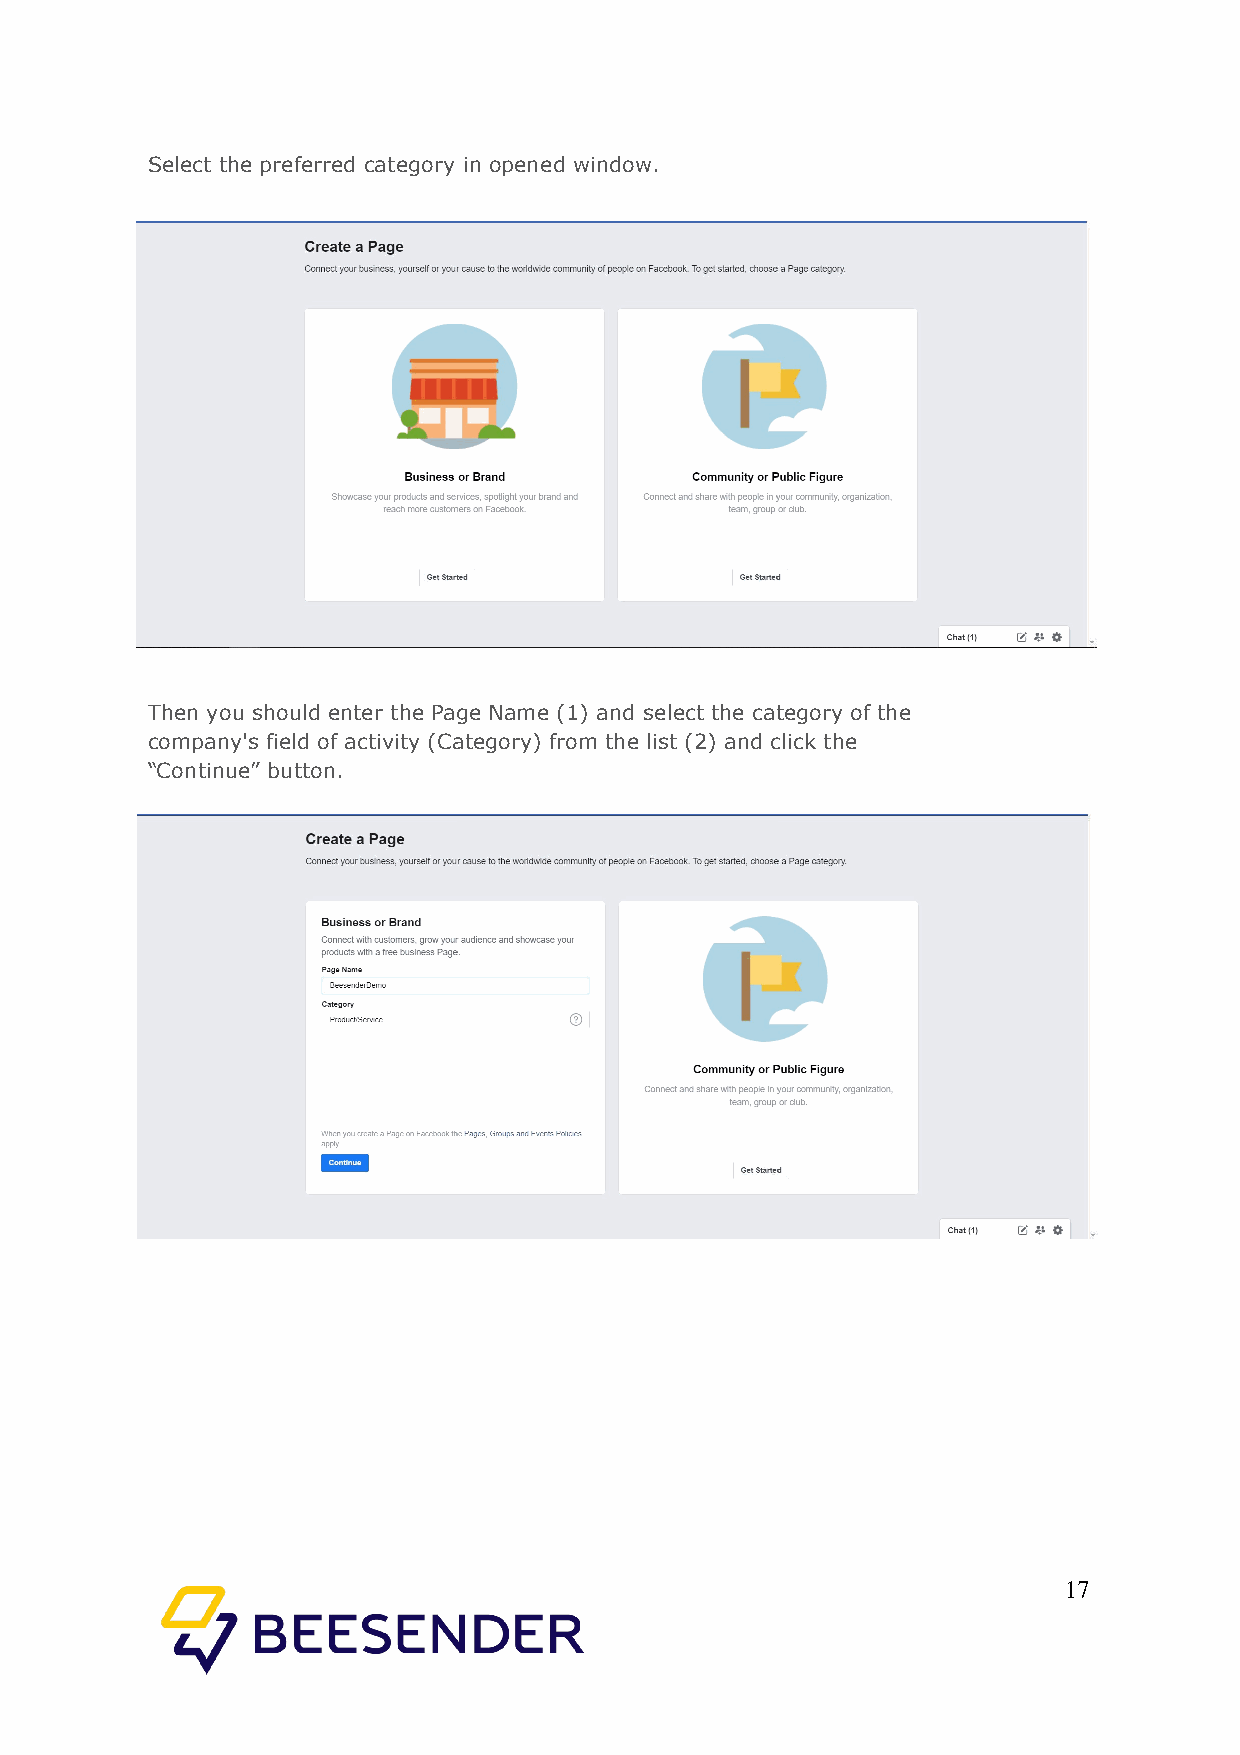
Select the preferred category in opened window.
 Then you should enter the Page Name (1) and select the category of the
 company's field of activity (Category) from the list (2) and click the
 “Continue” button.
 17